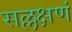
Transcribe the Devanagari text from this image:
सल्लक्षणं